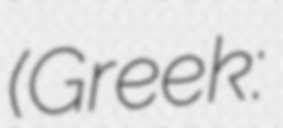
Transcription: (Greek: